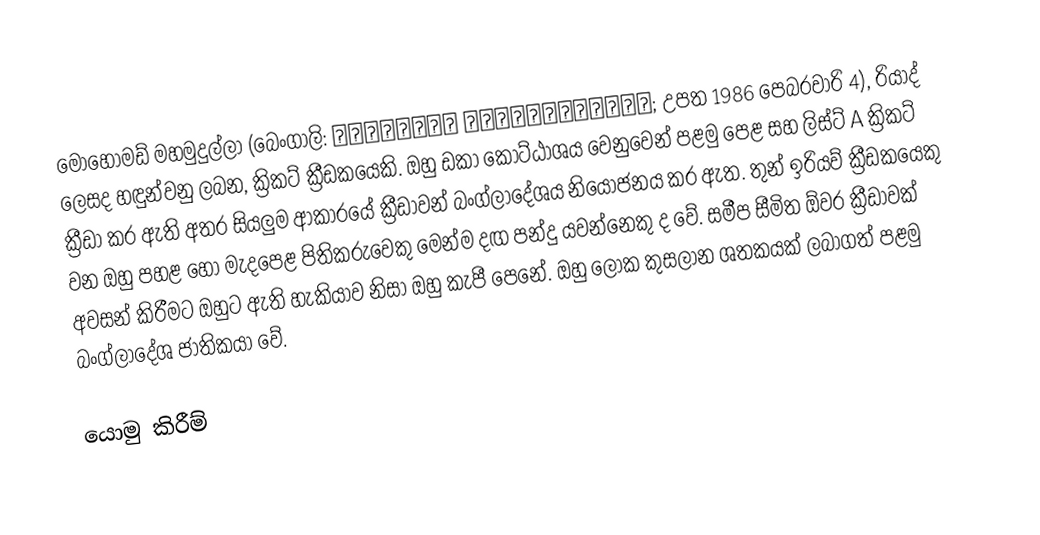
මොහොමඩ් මහමුදුල්ලා (බෙංගාලි: মোহাম্মদ মাহমুদুল্লাহ; උපත 1986 පෙබරවාරි 4), රියාද් ලෙසද හඳුන්වනු ලබන, ක්‍රිකට් ක්‍රීඩකයෙකි. ඔහු ඩකා කොට්ඨාශය වෙනුවෙන් පළමු පෙළ සහ ලිස්ට් A ක්‍රිකට් ක්‍රීඩා කර ඇති අතර සියලුම ආකාරයේ ක්‍රීඩාවන් බංග්ලාදේශය නියෝජනය කර ඇත. තුන් ඉරියව් ක්‍රීඩකයෙකු වන ඔහු පහළ හෝ මැදපෙළ පිතිකරුවෙකු මෙන්ම දඟ පන්දු යවන්නෙකු ද වේ. සමීප සීමිත ඕවර ක්‍රීඩාවක් අවසන් කිරීමට ඔහුට ඇති හැකියාව නිසා ඔහු කැපී පෙනේ. ඔහු ලෝක කුසලාන ශතකයක් ලබාගත් පළමු බංග්ලාදේශ ජාතිකයා වේ.

යොමු කිරීම්